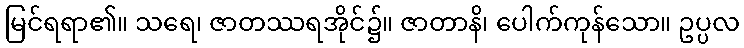
မြင်ရရာ၏။ သရေ၊ ဇာတဿရအိုင်၌။ ဇာတာနိ၊ ပေါက်ကုန်သော။ ဥပ္ပလ